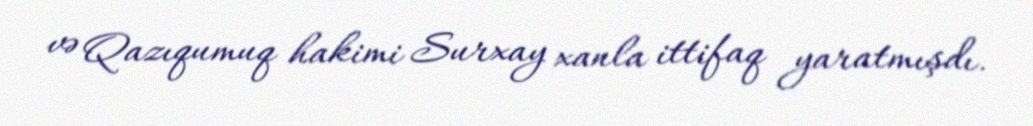
və Qazıqumuq hakimi Surxay xanla ittifaq yaratmışdı.